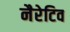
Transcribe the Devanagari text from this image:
नैरेटिव